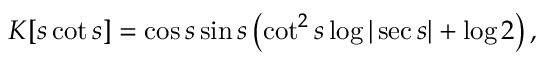
K [ s \cot s ] = \cos s \sin s \left( \cot ^ { 2 } s \log | \sec s | + \log 2 \right) ,